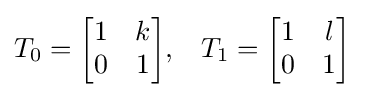
{\begin{aligned}T_{0}={\begin{bmatrix}1&k\\0&1\end{bmatrix}},\quad &T_{1}={\begin{bmatrix}1&l\\0&1\end{bmatrix}}\end{aligned}}